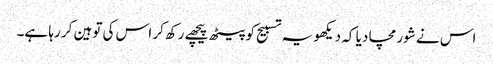
اس نے شور مچا دیا کہ دیکھو یہ تسبیح کو پیٹھ پیچھے رکھ کر اس کی توہین کر رہا ہے۔